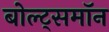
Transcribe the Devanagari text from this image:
बोल्ट्समॉन